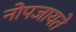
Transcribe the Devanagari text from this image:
नोपजायते